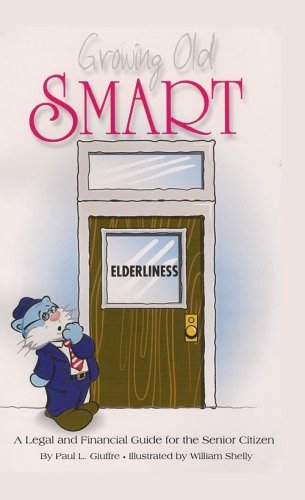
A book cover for Growing Old Smart: A Legal and Financial Guide for the Senior Citizen; Paul L Giuffre; Law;